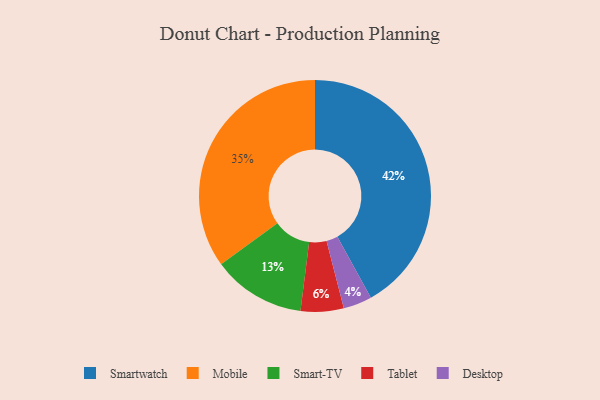
{"axis": {"x": "Category", "y": "Percentage"}, "legend": ["Desktop", "Mobile", "Smart-TV", "Smartwatch", "Tablet"], "data": [{"x": "Tablet", "y": 6, "type": "Tablet"}, {"x": "Mobile", "y": 35, "type": "Mobile"}, {"x": "Smartwatch", "y": 42, "type": "Smartwatch"}, {"x": "Desktop", "y": 4, "type": "Desktop"}, {"x": "Smart-TV", "y": 13, "type": "Smart-TV"}]}